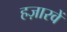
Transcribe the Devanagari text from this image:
हज़ारवें